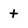
Character: t